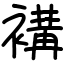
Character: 褠